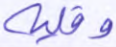
وقلبه